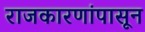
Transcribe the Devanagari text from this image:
राजकारणांपासून